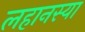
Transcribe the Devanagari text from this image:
लहानस्या